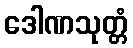
ဒေါဏသုတ္တံ